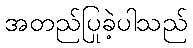
အတည်ပြုခဲ့ပါသည်